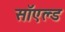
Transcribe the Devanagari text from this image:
सॉएल्ड